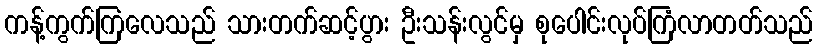
ကန့်ကွက်ကြလေသည် သားတက်ဆင့်ပွား ဦးသန်းလွင်မှ စုပေါင်းလုပ်ကြံလာတတ်သည်